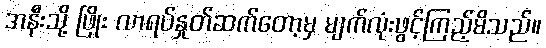
အနီးသို့ ဖြိုး လာရပ်နှုတ်ဆက်တော့မှ မျက်လုံးဖွင့်ကြည့်မိသည်။